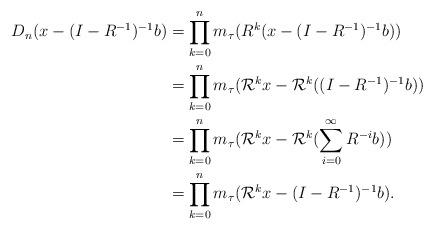
LaTeX: \begin{align*}D_n(x-(I-R^{-1})^{-1}b)&=\prod_{k=0}^{n}m_\tau(R^k(x-(I-R^{-1})^{-1}b))\\&=\prod_{k=0}^{n}m_\tau(\mathcal{R}^kx-\mathcal{R}^k((I-R^{-1})^{-1}b))\\&=\prod_{k=0}^{n}m_\tau(\mathcal{R}^kx-\mathcal{R}^k(\sum\limits_{i=0}^{\infty}R^{-i}b))\\&=\prod_{k=0}^{n}m_\tau(\mathcal{R}^kx-(I-R^{-1})^{-1}b).\end{align*}